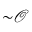
{ \sim } \mathcal { O }